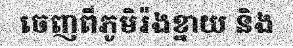
ចេញពីភូមិរ៉ងខ្នាយ និង